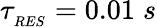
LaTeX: \tau_{_{RES}}=0.01\; s